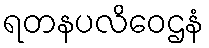
ရတနပလိဝေဌနံ